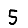
Digit: 5